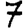
Digit: 7